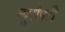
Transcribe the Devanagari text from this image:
न्युरोपटी